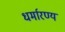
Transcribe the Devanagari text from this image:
धर्मारण्य